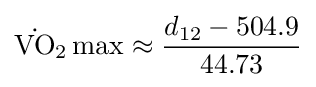
{{\dot {\mathrm {VO} }}{\vphantom {A}}_{\smash[{t}]{2}}}\max \approx {d_{12}-504.9 \over 44.73}